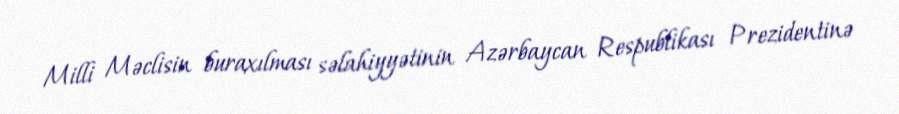
Milli Məclisin buraxılması səlahiyyətinin Azərbaycan Respublikası Prezidentinə